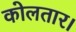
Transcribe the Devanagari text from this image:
कोलतार।